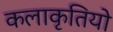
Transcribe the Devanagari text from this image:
कलाकृतियो